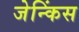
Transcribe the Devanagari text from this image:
जेन्किंस